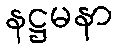
နဋ္ဌမနာ